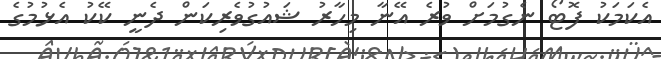
އެކަމަކު ފޮޓޯ ނެގުމަށް ވުރެ އޭނާ މިހާރު ޝައުގުވެރިކަން ދެނީ ކޭކު އެޅުމުގެ